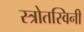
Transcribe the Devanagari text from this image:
स्त्रोतस्विनी